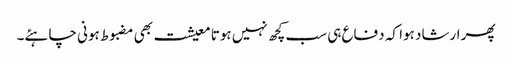
پھر ارشاد ہوا کہ دفاع ہی سب کچھ نہیں ہوتا معیشت بھی مضبوط ہونی چاہئے۔